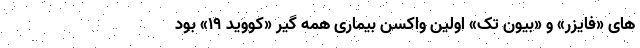
های «فایزر» و «بیون تک» اولین واکسن بیماری همه گیر «کووید ۱۹» بود